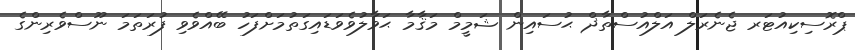
ޕްރޮސިކިއުޓަރ ޖެނެރަލް އަލްއުސްތާޛް ޙުސައިން ޝަމީމް މަޤާމާ ޙަވާލުވެވަޑައިގަތުމަށްފަހު ބޭއްވެވި ފުރަތަމަ ނޫސްވެރިންގެ